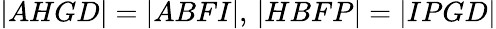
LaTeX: |AHGD|=|ABFI|,\, |HBFP|=|IPGD|